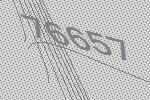
76657